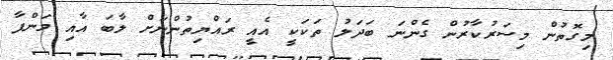
މިގޮތުން މިސަރުކާރުން ގެންނަ ބަދަލު ތަކަކީ އެއީ ރައްޔިތުންނަށް ލާބަ އާއި މަންފާ